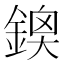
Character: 𨩬